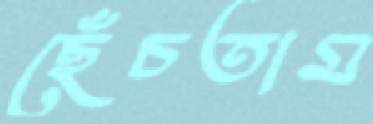
ছেঁচতাম